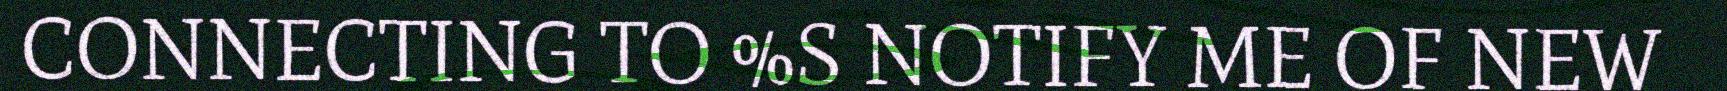
CONNECTING TO %S NOTIFY ME OF NEW